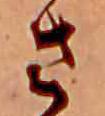
さ